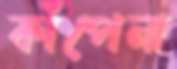
কাঁপেনা